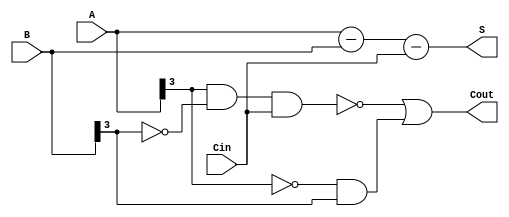
module CarryLookaheadSubtractor (
    input [3:0] A,
    input [3:0] B,
    input Cin,
    output [3:0] S,
    output Cout
);

assign S = A - B - Cin;
assign Cout = ~(A[3] & ~B[3] & Cin) | (~A[3] & B[3]);

endmodule